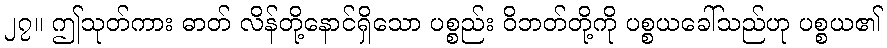
၂၇။ ဤသုတ်ကား ဓာတ် လိန်တို့နောင်ရှိသော ပစ္စည်း ဝိဘတ်တို့ကို ပစ္စယခေါ်သည်ဟု ပစ္စယ၏